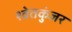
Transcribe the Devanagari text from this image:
श्वेतकुंजर